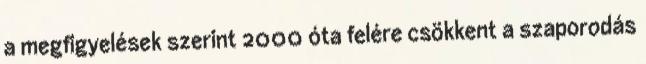
a megfigyelések szerint 2000 óta felére csökkent a szaporodás